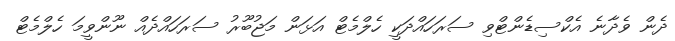
ދެން ވެދާނެ އެކްސިޑެންޓްވި ސަރަހައްދަކީ ހެލްމެޓް އަޅަން މަޖުބޫރު ސަރަހައްދެއް ނޫންވީމަ ހެލްމެޓް